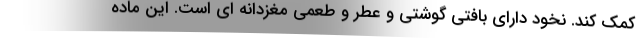
کمک کند. نخود دارای بافتی گوشتی و عطر و طعمی مغزدانه ای است. این ماده